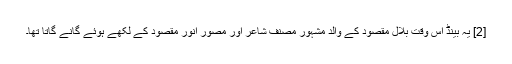
[2] یہ بینڈ اس وقت بلال مقصود کے والد مشہور مصنف شاعر اور مصور انور مقصود کے لکھے ہوئے گانے گاتا تھا۔